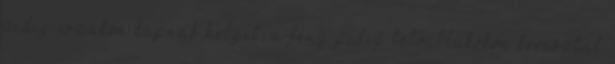
pedig északon kapnak helyet, a fény pedig tetőablakokon keresztül